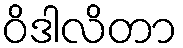
ဝိဒါလိတာ